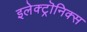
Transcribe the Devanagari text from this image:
इलेक्ट्रॊनिक्स